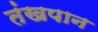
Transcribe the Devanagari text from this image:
तंखपान